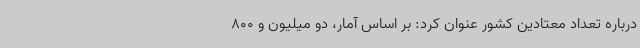
درباره تعداد معتادین کشور عنوان کرد: بر اساس آمار، دو میلیون و 800